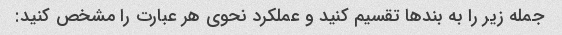
جمله زیر را به بندها تقسیم کنید و عملکرد نحوی هر عبارت را مشخص کنید: